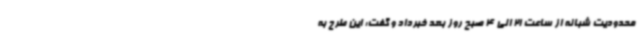
محدودیت شبانه از ساعت 21 الی 4 صبح روز بعد خبرداد و گفت: این طرح به